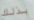
بذلك